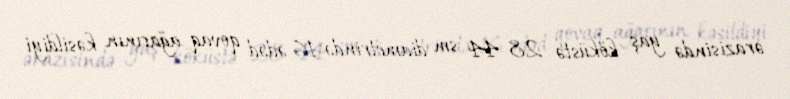
ərazisində yaş köküstə 28-44 sm diametrində 16 ədəd qovaq ağacının kəsildiyi